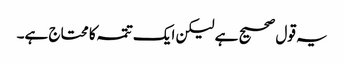
یہ قول صحیح ہے لیکن ایک تتمہ کا محتاج ہے۔